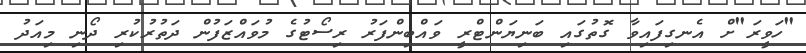
"ހަވީރަ"ށް އެނގިފައިވާ ގޮތުގައި ބަނިޔަންޓްރީ ވައްބިންފަރު ރިސޯޓުގެ މުވައްޒަފުން ދަތުރުކުރި ދޯނި މިއަދު